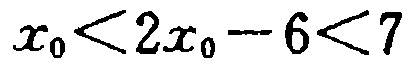
\(x_{0}<2x_{0}-6<7\)